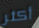
أكثر